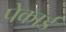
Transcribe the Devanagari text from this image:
पेकार्ड